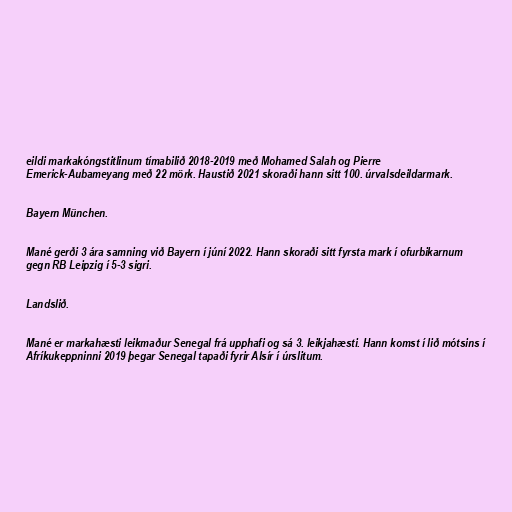
eildi markakóngstitlinum tímabilið 2018-2019 með Mohamed Salah og Pierre
Emerick-Aubameyang með 22 mörk. Haustið 2021 skoraði hann sitt 100. úrvalsdeildarmark.

Bayern München.

Mané gerði 3 ára samning við Bayern í júní 2022. Hann skoraði sitt fyrsta mark í ofurbikarnum
gegn RB Leipzig í 5-3 sigri.

Landslið.

Mané er markahæsti leikmaður Senegal frá upphafi og sá 3. leikjahæsti. Hann komst í lið mótsins í
Afríkukeppninni 2019 þegar Senegal tapaði fyrir Alsír í úrslitum.